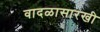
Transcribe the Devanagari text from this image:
वादळासारखी